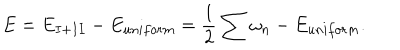
LaTeX: E = E _ { I + I I } - E _ { u n i f o r m } = \frac { 1 } { 2 } \sum \omega _ { n } - E _ { u n i f o r m } .